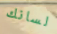
لسانك